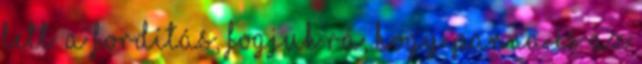
lett. A fordítás, fogjuk rá, hogy Panna és az